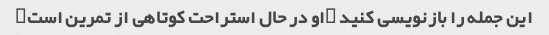
این جمله را بازنویسی کنید "او در حال استراحت کوتاهی از تمرین است"